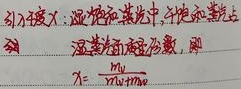
引入度：温饱 和 光中，干饱和点上温面 ，则\(\chi = \frac{\text{mu}}{\text{mu}+\text{mw}}\)